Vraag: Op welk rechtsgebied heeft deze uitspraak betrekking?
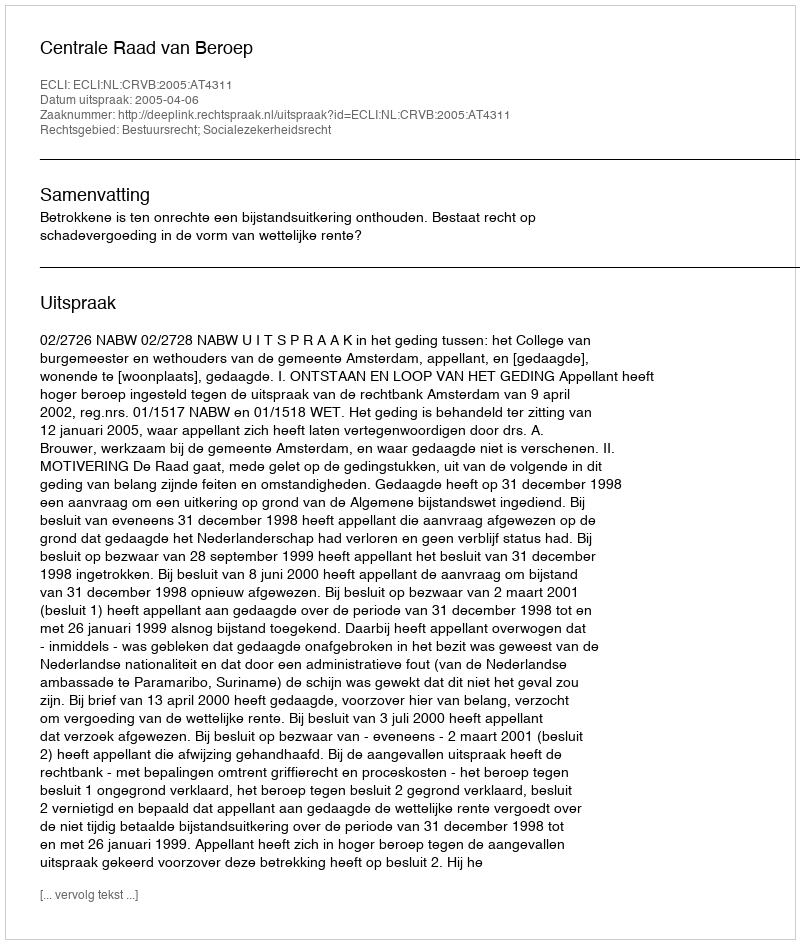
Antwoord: Bestuursrecht; Socialezekerheidsrecht